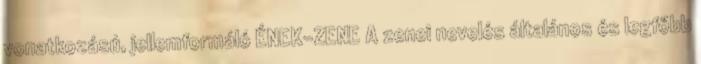
vonatkozású, jellemformáló ÉNEK-ZENE A zenei nevelés általános és legfőbb